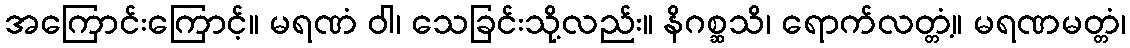
အကြောင်းကြောင့်။ မရဏံ ဝါ၊ သေခြင်းသို့လည်း။ နိဂစ္ဆသိ၊ ရောက်လတ္တံ့။ မရဏမတ္တံ၊